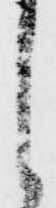
之